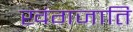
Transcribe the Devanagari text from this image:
खंगजाति